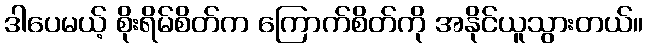
ဒါပေမယ့် စိုးရိမ်စိတ်က ကြောက်စိတ်ကို အနိုင်ယူသွားတယ်။